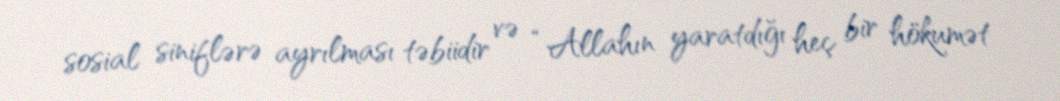
sosial siniflərə ayrılması təbiidir və “Allahın yaratdığı heç bir hökumət